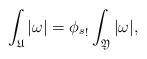
LaTeX: \begin{align*}\int_{\mathfrak U}|\omega| = {\phi_s}_!\int_{\mathfrak Y}|\omega|,\end{align*}